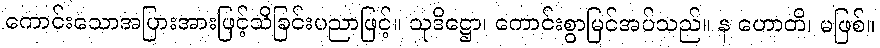
ကောင်းသောအပြားအားဖြင့်သိခြင်းပညာဖြင့်။ သုဒိဋ္ဌော၊ ကောင်းစွာမြင်အပ်သည်။ န ဟောတိ၊ မဖြစ်။